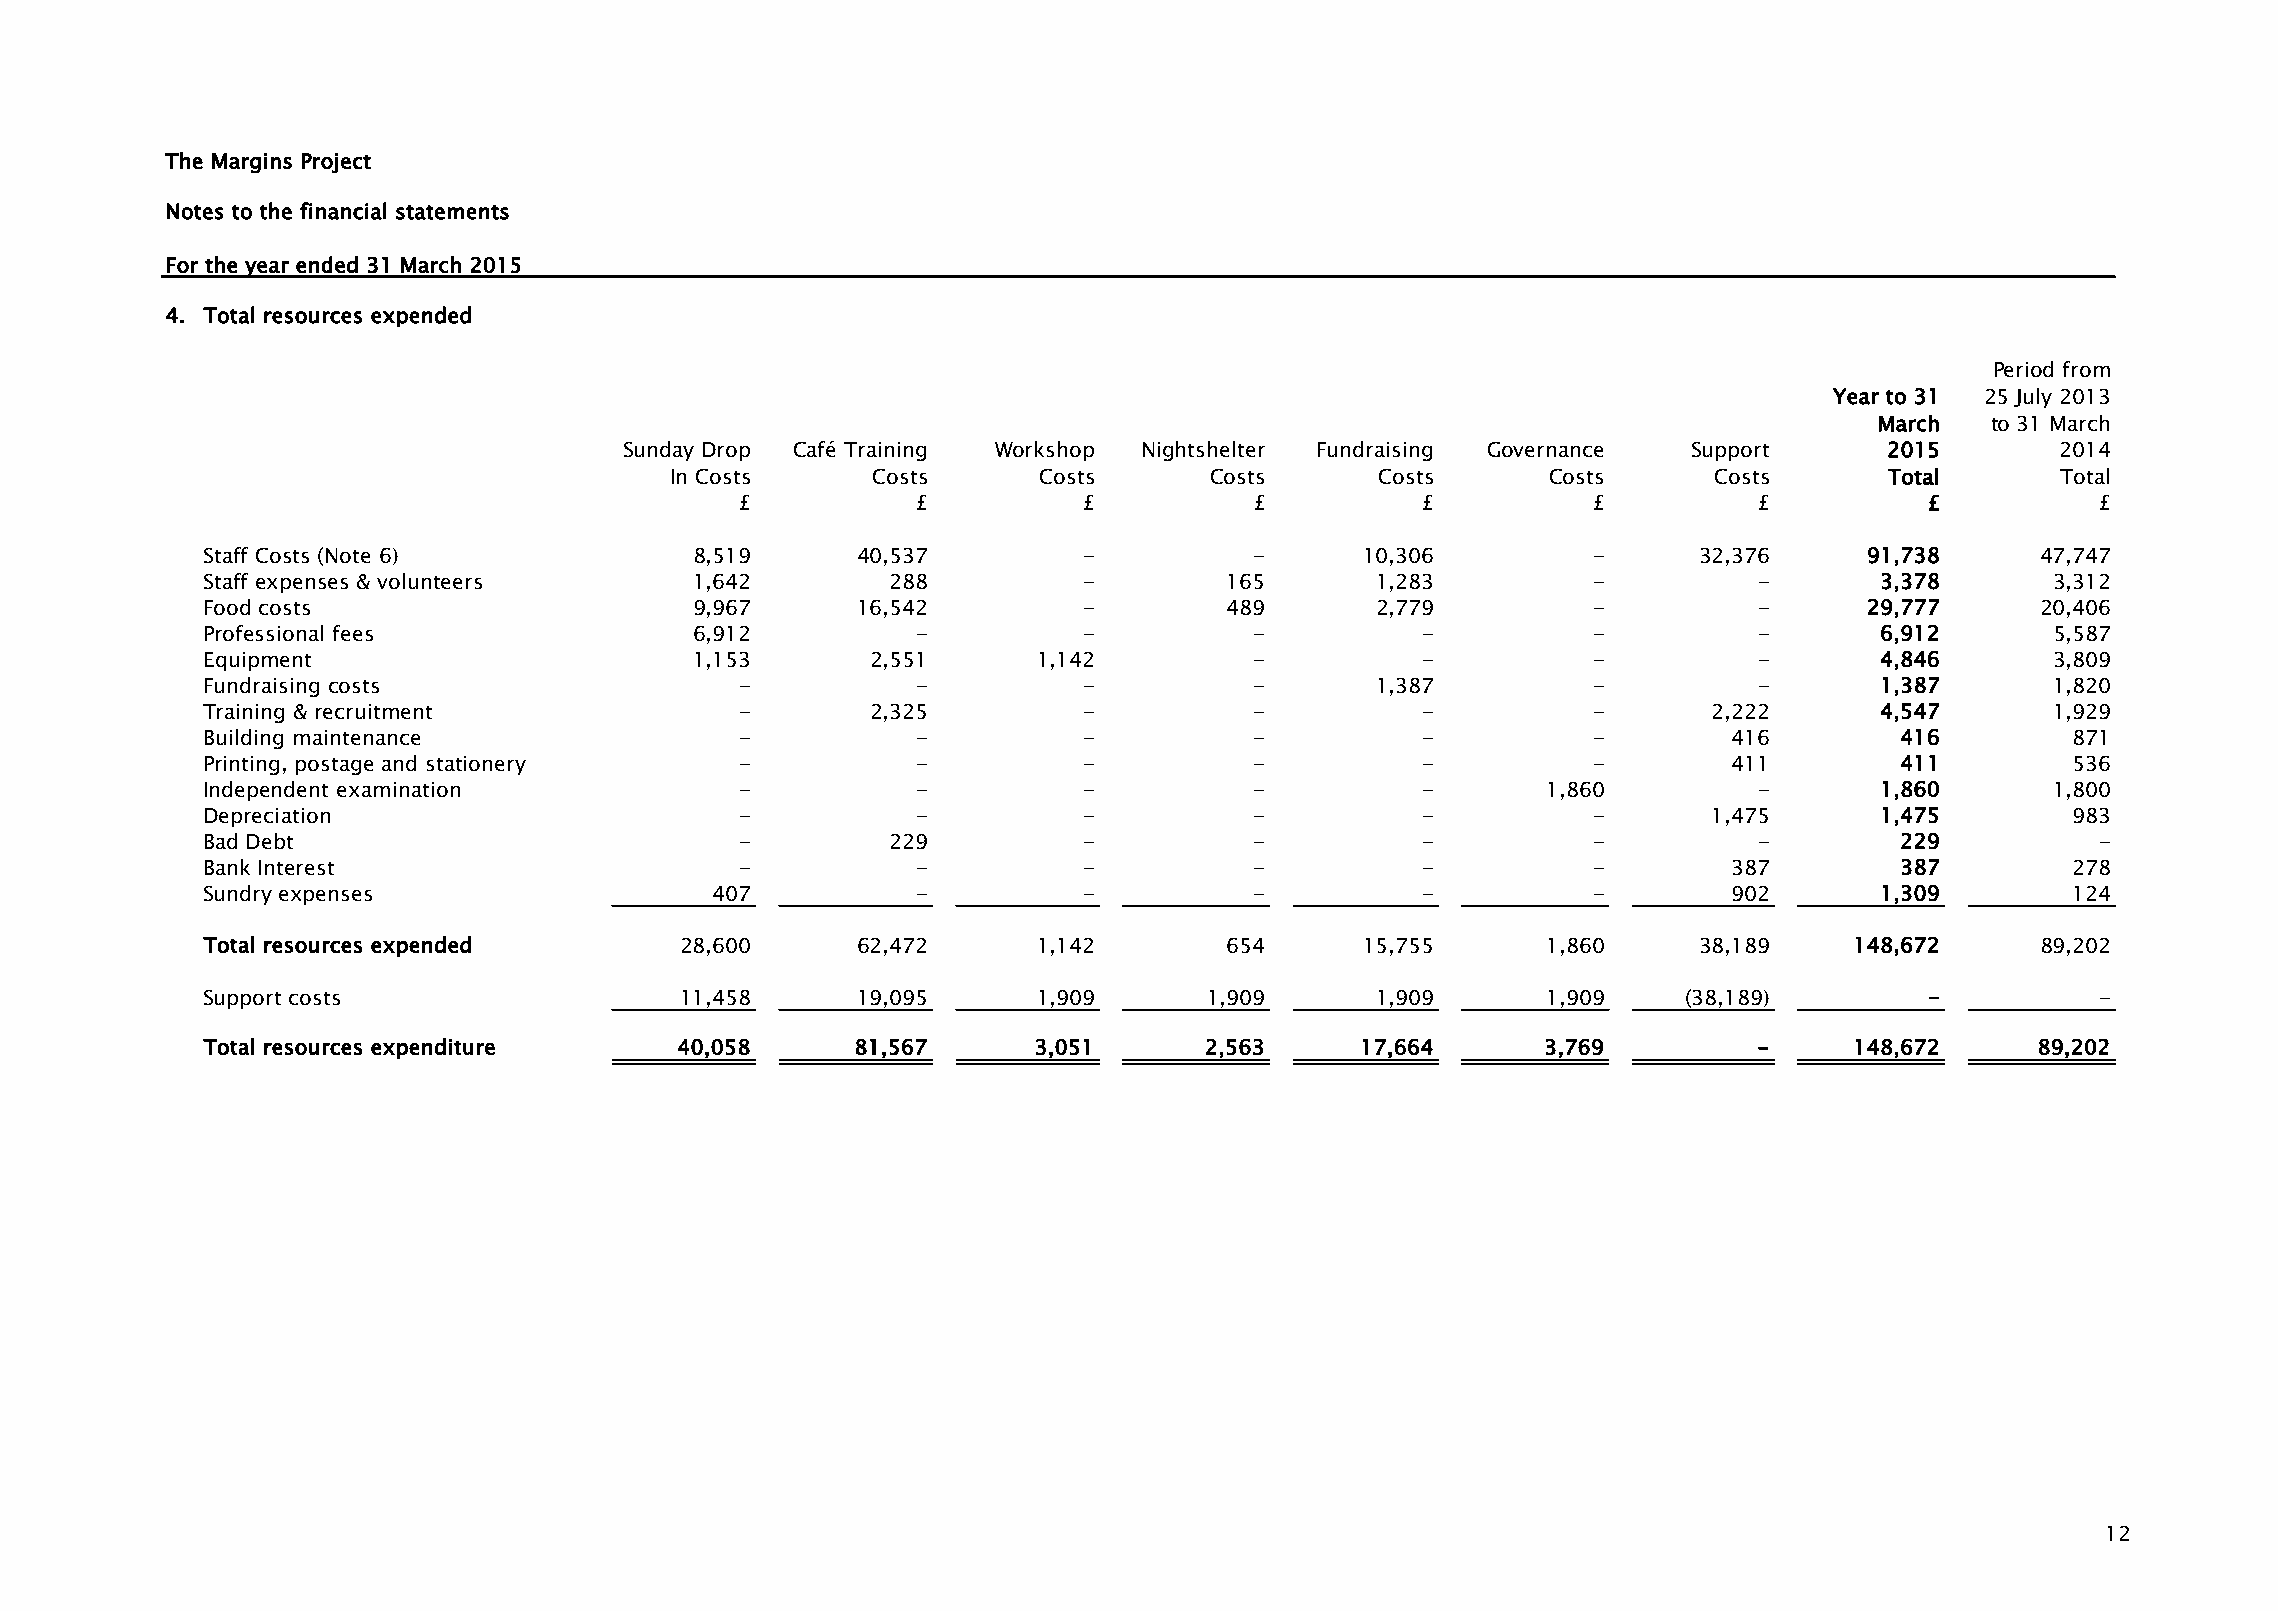
The Margins Project
 Notes to the financial statements
 For the year ended 31 March 2015
 4. Total resources expended
 Period from
 Year to 31 25 July 2013
 March   to 31 March
 Sunday Drop Café Training Workshop Nightshelter Fundraising Governance Support      2015       2014
 In Costs      Costs      Costs      Costs      Costs       Costs     Costs       Total      Total
 £           £          £          £          £          £          £           £          £
 Staff Costs (Note 6)             8,519      40,537         -          -      10,306         -      32,376      91,738     47,747
 Staff expenses & volunteers      1,642        288          -        165       1,283         -          -       3,378       3,312
 Food costs                       9,967      16,542         -        489       2,779         -          -       29,777     20,406
 Professional fees                6,912          -          -          -          -          -          -       6,912       5,587
 Equipment                        1,153       2,551      1,142         -          -          -          -       4,846       3,809
 Fundraising costs                   -           -          -          -       1,387         -          -       1,387       1,820
 Training & recruitment              -        2,325         -          -          -          -       2,222      4,547       1,929
 Building maintenance                -           -          -          -          -          -         416        416        871
 Printing, postage and stationery    -           -          -          -          -          -         411        411        536
 Independent examination             -           -          -          -          -       1,860         -       1,860       1,800
 Depreciation                        -           -          -          -          -          -       1,475      1,475        983
 Bad Debt                            -         229          -          -          -          -          -         229          -
 Bank Interest                       -           -          -          -          -          -         387        387        278
 Sundry expenses                   407           -          -          -          -          -         902      1,309        124
 Total resources expended        28,600      62,472      1,142       654      15,755      1,860     38,189     148,672     89,202
 Support costs                   11,458      19,095      1,909      1,909      1,909      1,909     (38,189)        -          -
 Total resources expenditure     40,058      81,567     3,051       2,563     17,664      3,769         -      148,672     89,202
 12